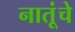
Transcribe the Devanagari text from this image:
नातूंचे